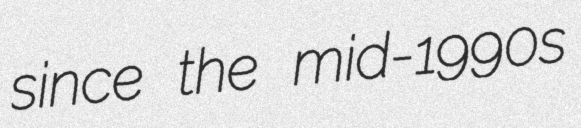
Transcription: since the mid-1990s